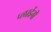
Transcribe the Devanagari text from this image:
प्लाईनी